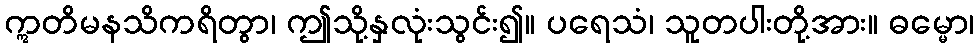
ဣတိမနသိကရိတွာ၊ ဤသို့နှလုံးသွင်း၍။ ပရေသံ၊ သူတပါးတို့အား။ ဓမ္မော၊